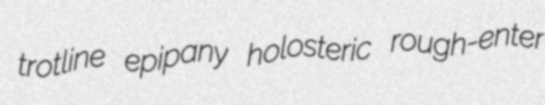
trotline epipany holosteric rough-enter